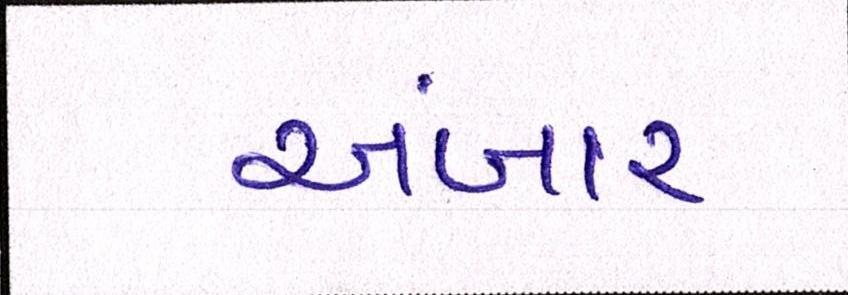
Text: અંબાર